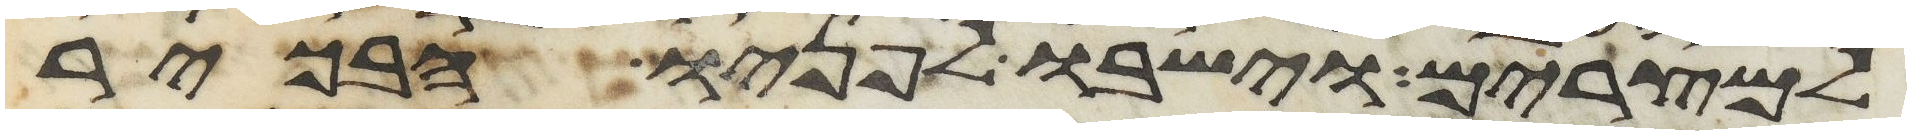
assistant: למצרים וישבו לפניו הבכור